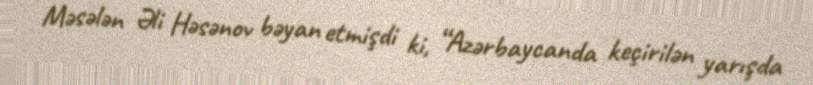
Məsələn Əli Həsənov bəyan etmişdi ki, “Azərbaycanda keçirilən yarışda